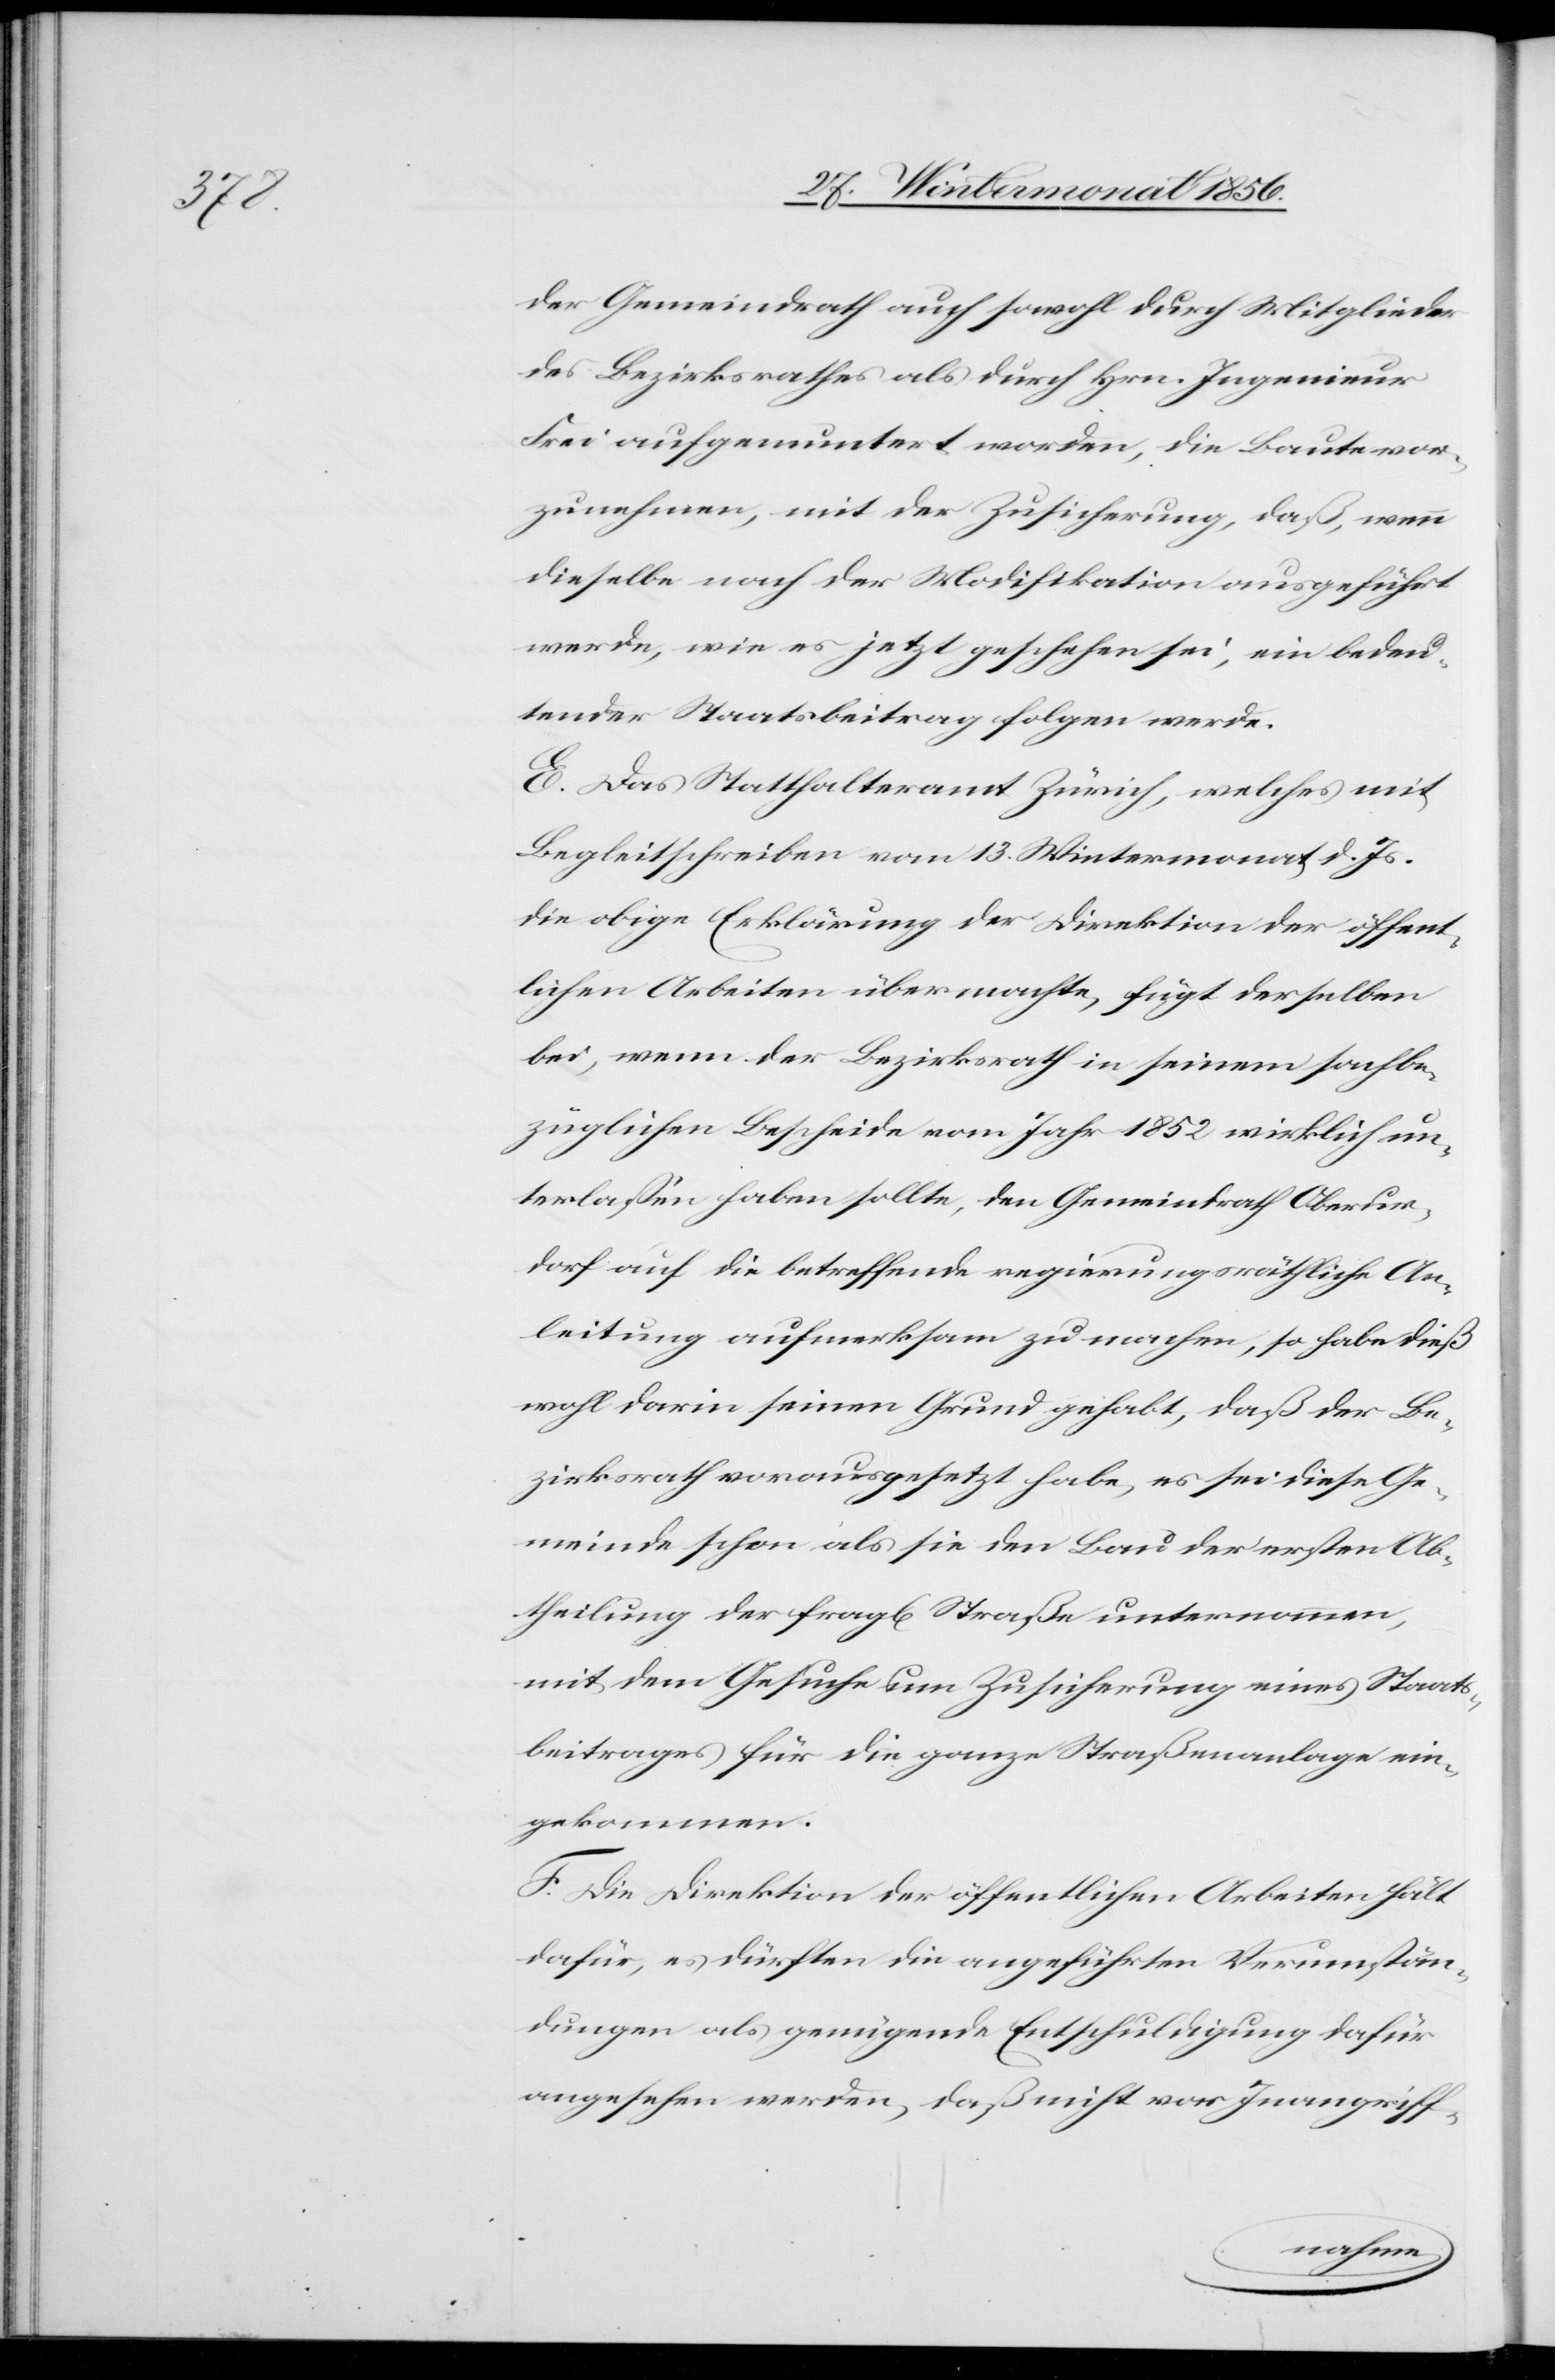
der Gemeindrath auch sowohl durch Mitglieder
des Bezirksrathes als durch Hrn. Ingenieur
Frei aufgemuntert worden, die Baute vor¬
zunehmen, mit der Zusicherung, daß, wenn
dieselbe nach der Modifikation ausgeführt
werde, wie es jetzt geschehen sei, ein bedeu¬
tender Staatsbeitrag folgen werde.
E. Das Statthalteramt Zürich, welches mit
Begleitschreiben vom 13. Wintermonat d. Js.
die obige Erklärung der Direktion der öffent¬
lichen Arbeiten übermachte, fügt derselben
bei, wenn der Bezirksrath in seinem sachbe¬
züglichen Bescheide vom Jahr 1852 wirklich un¬
terlassen haben sollte, den Gemeindrath Oberur¬
dorf auf die betreffende regierungsräthliche An¬
leitung aufmerksam zu machen, so habe dieß
wohl darin seinen Grund gehabt, daß der Be¬
zirksrath vorausgesetzt habe, es sei diese Ge¬
meinde schon als sie den Bau der ersten Ab¬
theilung der fragl[ichen] Straße unternommen,
mit dem Gesuche um Zusicherung eines Staats¬
beitrages für die ganze Straßenanlage ein¬
gekommen.
F. Die Direktion der öffentlichen Arbeiten hält
dafür, es dürften die angeführten Verumstän¬
dungen als genügende Entschuldigung dafür
angesehen werden, daß nicht vor Inangriff-